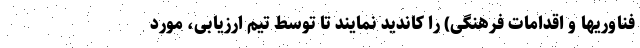
فناوریها و اقدامات فرهنگی) را کاندید نمایند تا توسط تیم ارزیابی، مورد